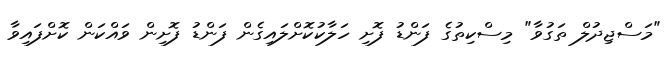
"މަސްޖިދުލް ތަގުވާ" މިސްކިތުގެ ފަންޑު ފޮށި ހަލާކުކޮށްލައިގެން ފަންޑު ފޮށިން ވައްކަން ކޮށްފައިވާ